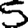
Digit: 5